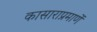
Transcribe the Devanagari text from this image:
कासाराप्रमाणें